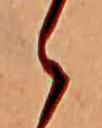
ゝ